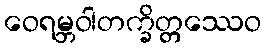
ဝေရမ္ဘဝါတက္ခိတ္တဿေဝ